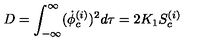
D = \int _ { - \infty } ^ { \infty } ( { \dot { \phi } } _ { c } ^ { ( i ) } ) ^ { 2 } d \tau = 2 K _ { 1 } S _ { c } ^ { ( i ) }